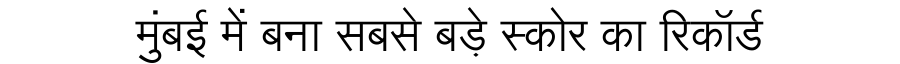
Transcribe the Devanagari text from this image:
मुंबई में बना सबसे बड़े स्कोर का रिकॉर्ड